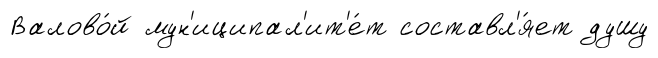
Валово́й мун'иципал'ит'е́т составл'я́ет душу